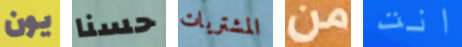
يون حسنا المشتريات من انت